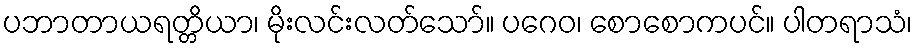
ပဘာတာယရတ္တိယာ၊ မိုးလင်းလတ်သော်။ ပဂေဝ၊ စောစောကပင်။ ပါတရာသံ၊